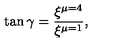
\tan \gamma = \frac { \xi ^ { \mu = 4 } } { \xi ^ { \mu = 1 } } ,